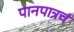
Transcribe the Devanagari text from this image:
पानपात्रचं